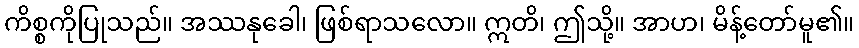
ကိစ္စကိုပြုသည်။ အဿနုခေါ၊ ဖြစ်ရာသလော။ ဣတိ၊ ဤသို့။ အာဟ၊ မိန့်တော်မူ၏။